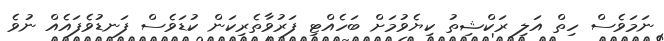
ނަމަވެސް ހިތް އަލި ރަކްޝިތު ކިޔެވުމަށް ބަހެއްޓި ފަރުވާތެރިކަން ކުޑަވެސް ފަނޑުވެފައެއް ނުވެ